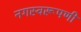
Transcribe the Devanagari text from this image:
नगस्वरूपणी